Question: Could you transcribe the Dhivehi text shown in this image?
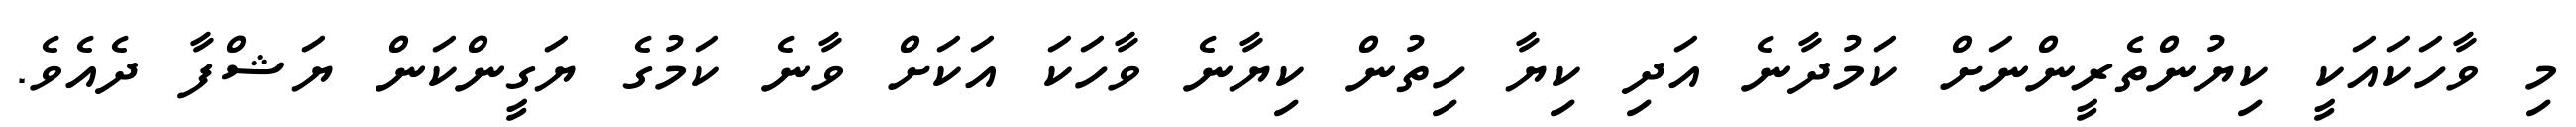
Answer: މި ވާހަކައަކީ ކިޔުންތެރީންނަށް ކަމުދާނެ އަދި ކިޔާ ހިތުން ކިޔާނެ ވާހަކަ އަކަށް ވާނެ ކަމުގެ ޔަގީންކަން ޔަޝްފާ ދެއެވެ.